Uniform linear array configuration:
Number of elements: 64
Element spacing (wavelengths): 1
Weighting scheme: blackman
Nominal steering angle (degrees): -30
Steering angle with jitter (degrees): -29.21
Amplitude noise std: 0.05
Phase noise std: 0.05

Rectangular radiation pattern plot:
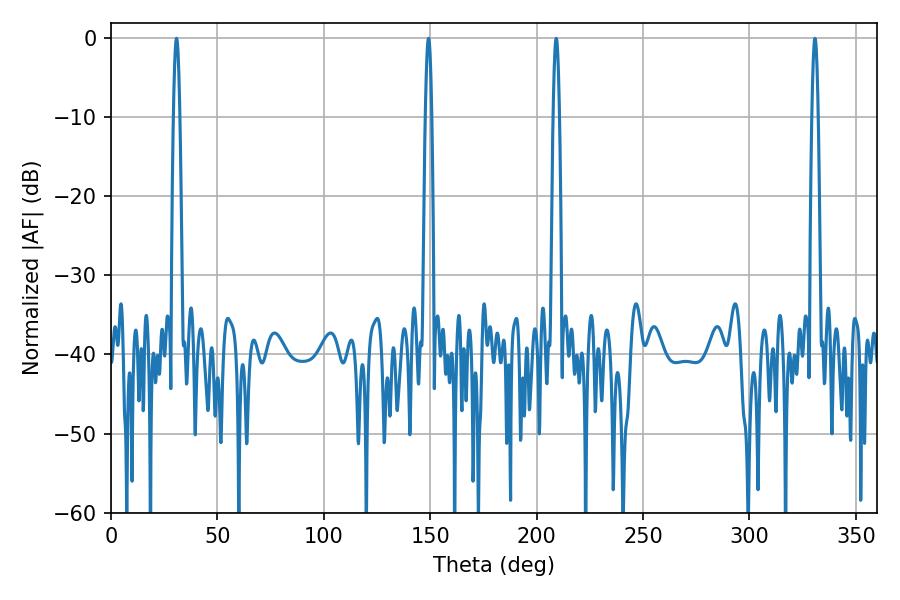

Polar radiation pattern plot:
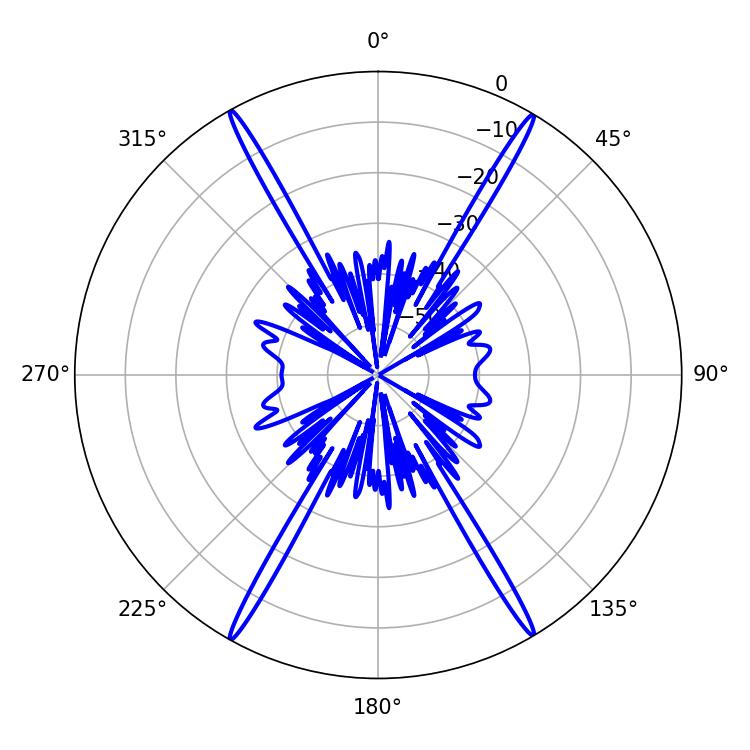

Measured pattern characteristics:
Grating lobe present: TRUE
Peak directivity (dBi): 29.935
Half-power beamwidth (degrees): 1.44
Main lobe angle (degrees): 30.78